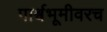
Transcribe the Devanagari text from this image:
पार्श्वभूमीवरच